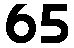
65